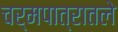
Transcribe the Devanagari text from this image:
चर्मपात्रातले